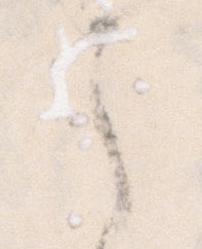
之